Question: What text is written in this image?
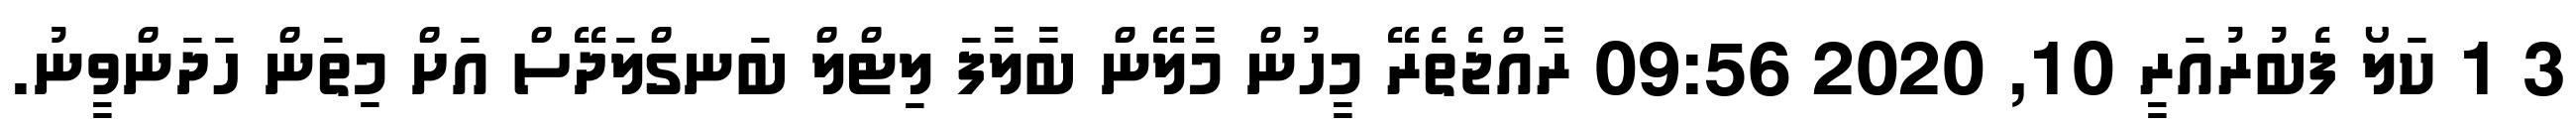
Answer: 3 1 ކަލޯ ފެބުރުއަރީ 10, 2020 09:56 ރާއްޖެތެރޭ މީހުން މާލޭން ބާލާފަ ލިޓްލް ބަނގްލަދޭސް އަށް މިތަން ހަދަންވީނު.